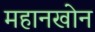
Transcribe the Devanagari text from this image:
महानखोन